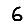
Digit: 6